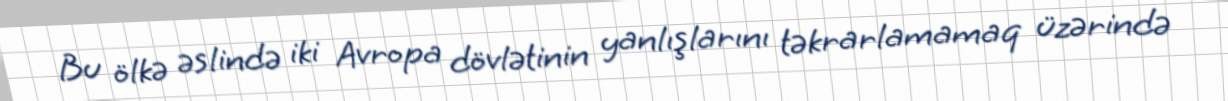
Bu ölkə əslində iki Avropa dövlətinin yanlışlarını təkrarlamamaq üzərində